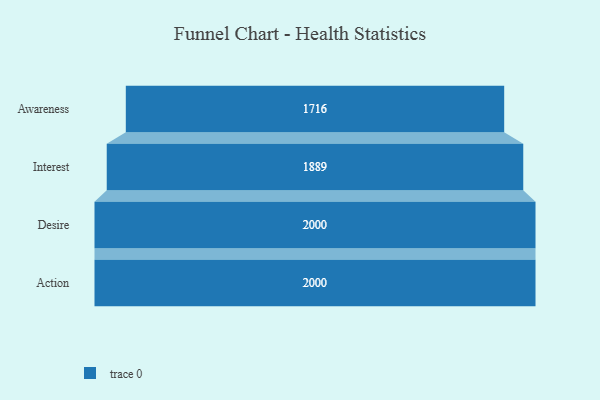
{"axis": {"x": "Stage", "y": "Value"}, "legend": [""], "data": [{"x": "Awareness", "y": 1716.0, "type": ""}, {"x": "Interest", "y": 1889.0, "type": ""}, {"x": "Desire", "y": 2000, "type": ""}, {"x": "Action", "y": 2000, "type": ""}]}